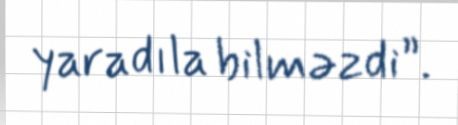
yaradıla bilməzdi”.